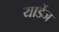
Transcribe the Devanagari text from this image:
यार्डेज